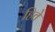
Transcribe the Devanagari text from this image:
हिते